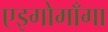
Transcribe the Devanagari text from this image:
एइगोमाँगा